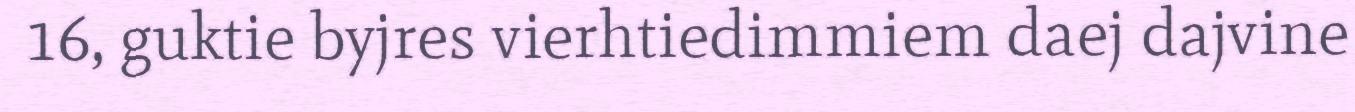
16, guktie byjres vierhtiedimmiem daej dajvine